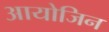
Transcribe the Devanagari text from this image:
आयोजिन